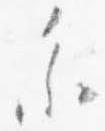
参